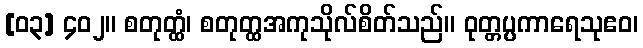
[၀၃] ၄၀၂။ စတုတ္ထံ၊ စတုတ္ထအကုသိုလ်စိတ်သည်။ ဝုတ္တပ္ပကာရေသုဧဝ၊